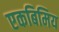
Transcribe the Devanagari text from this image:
एकबिमिय